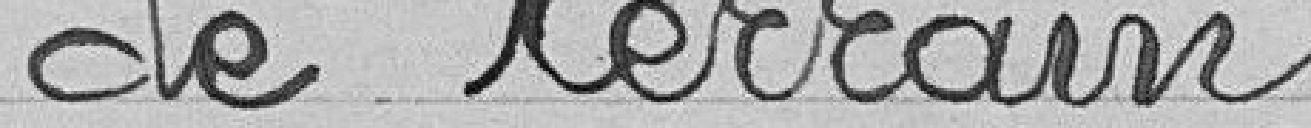
de terrain